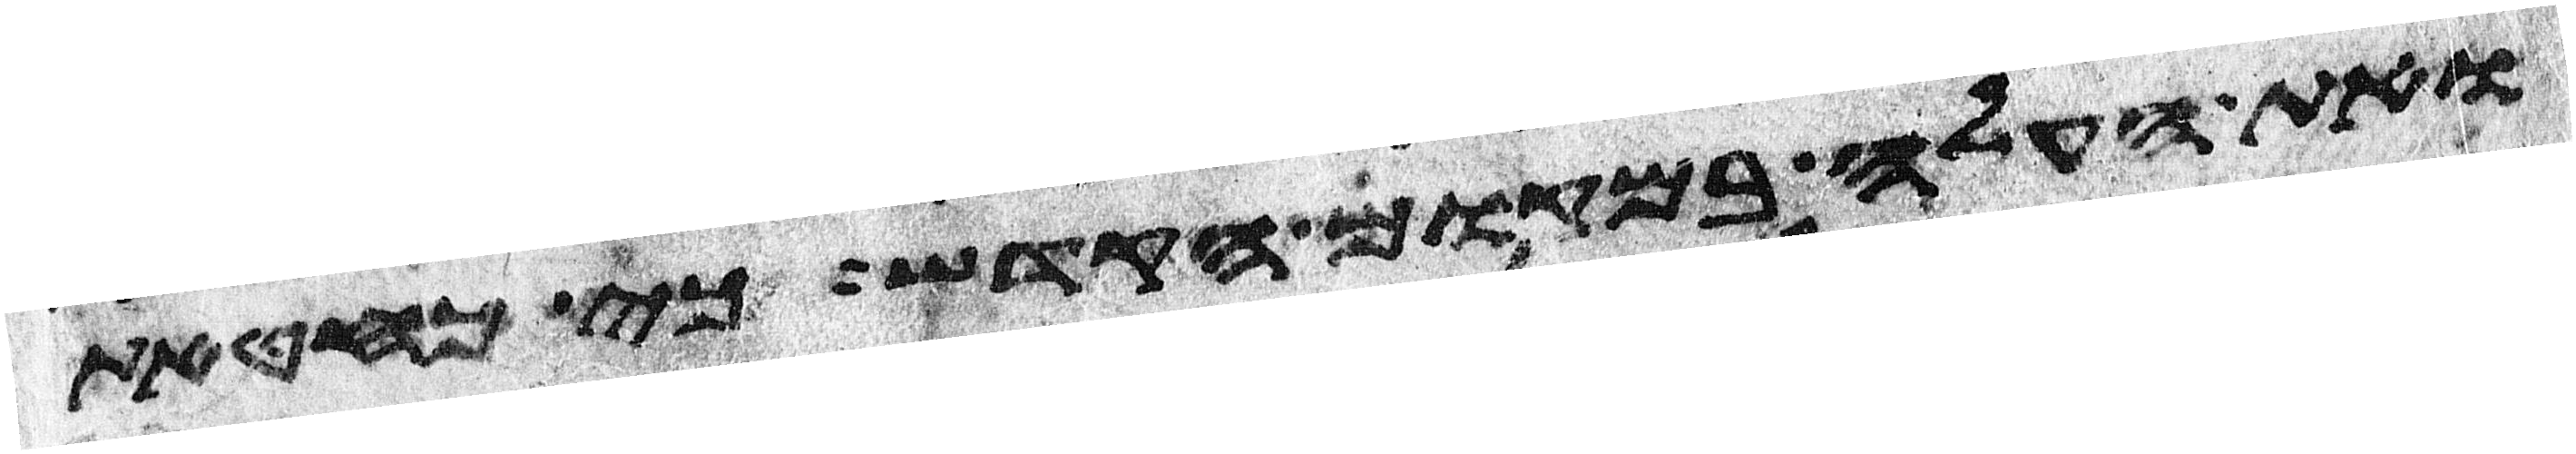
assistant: ואת העלה במקום הקדש כי כחטאת